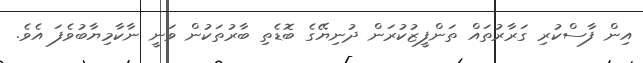
އިން ފާސްކުރި ގަރާރުތައް ތަންފީޒުކުރަން ދުނިޔޭގެ ބޮޑެތި ބާރުތަކުން ވަނީ ނާކާމިޔާބުވެފަ އެވެ.